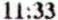
11:33